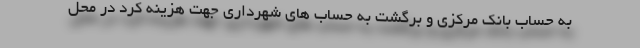
به حساب بانک مرکزی و برگشت به حساب های شهرداری جهت هزینه کرد در محل